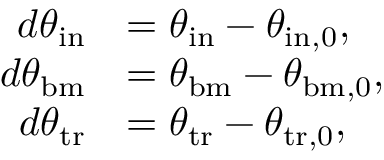
\begin{array} { r l } { d \theta _ { \mathrm { i n } } } & { = \theta _ { \mathrm { i n } } - \theta _ { \mathrm { i n , 0 } } , } \\ { d \theta _ { \mathrm { b m } } } & { = \theta _ { \mathrm { b m } } - \theta _ { \mathrm { b m , 0 } } , } \\ { d \theta _ { \mathrm { t r } } } & { = \theta _ { \mathrm { t r } } - \theta _ { \mathrm { t r , 0 } } , } \end{array}